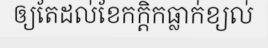
ឲ្យតែដល់ខែកក្តិកធ្លាក់ខ្យល់